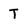
Character: T